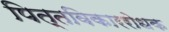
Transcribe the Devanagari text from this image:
पित्तविकाररोधक